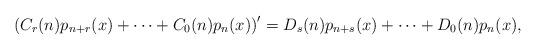
LaTeX: \begin{align*}\left(C_r(n)p_{n+r}(x)+\dots+C_0(n)p_n(x)\right)'=D_s(n)p_{n+s}(x)+\dots+D_0(n)p_n(x),\end{align*}